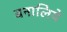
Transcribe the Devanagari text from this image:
बनालिये